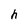
Character: h